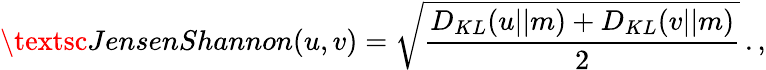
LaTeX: \textsc{JensenShannon}(u,v)=\sqrt{\frac{D_{KL}(u||m)+D_{KL}(v||m)}{2}}\, .,